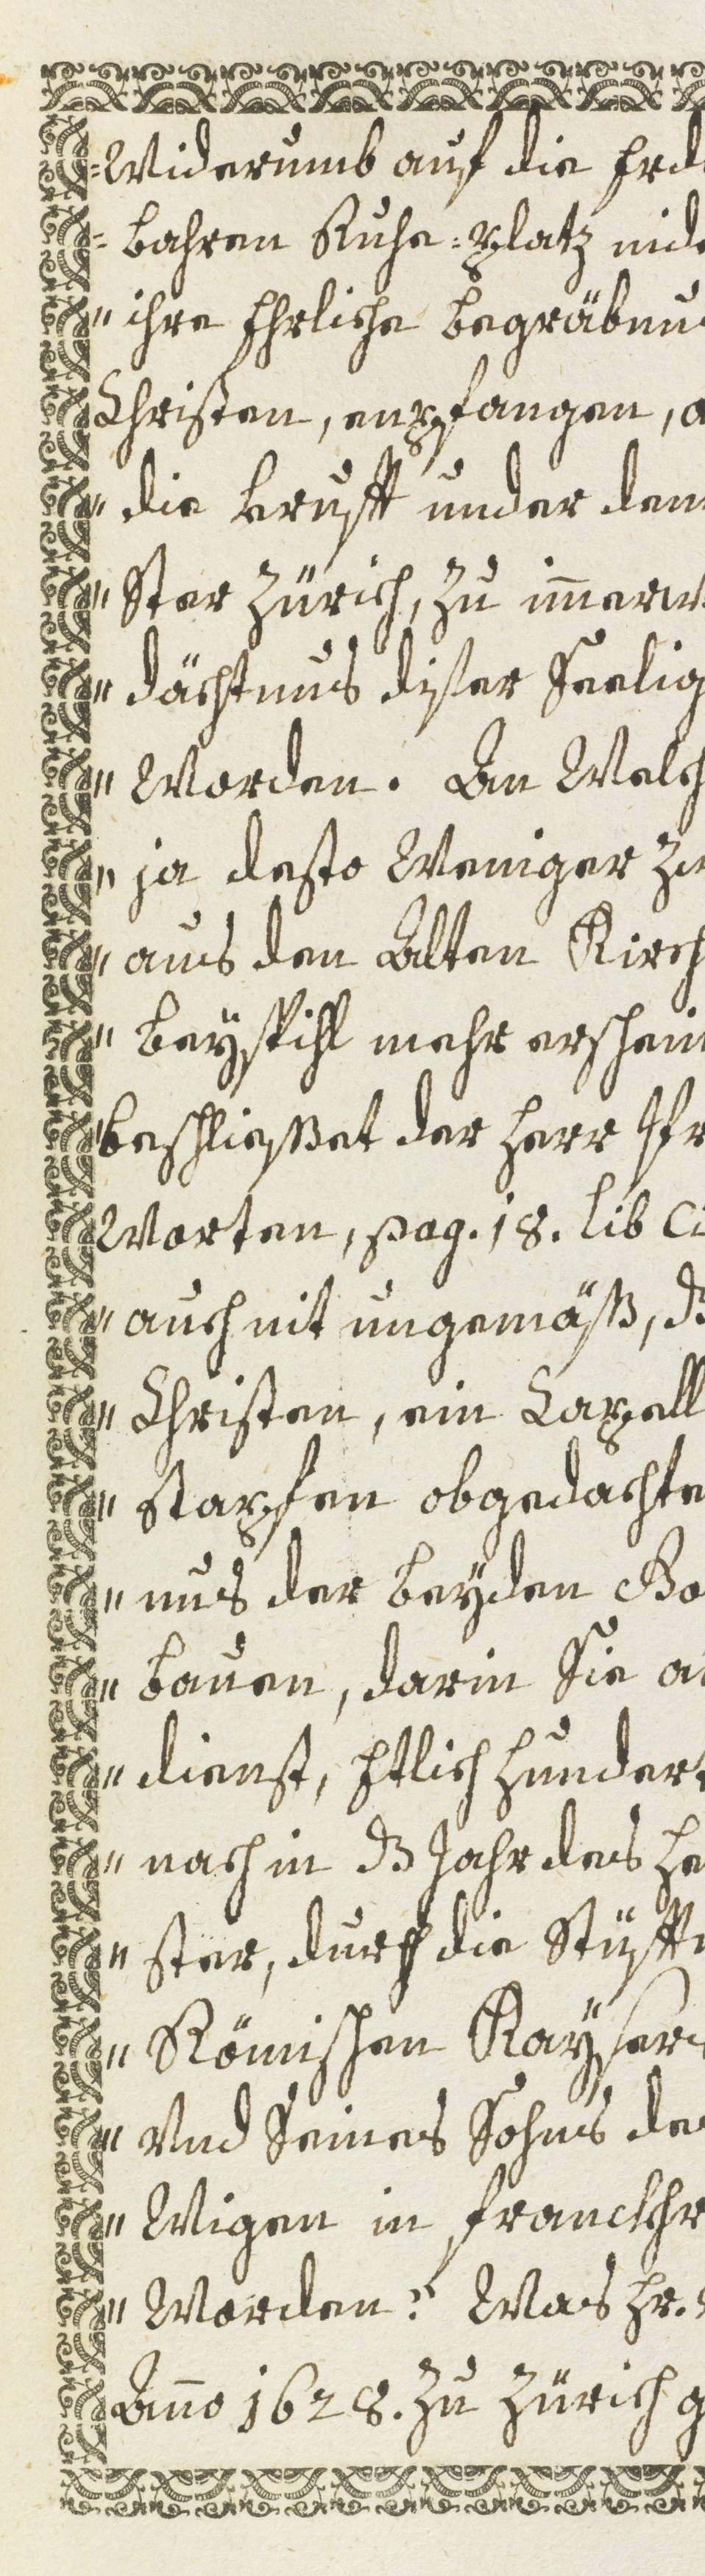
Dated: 1600–1699